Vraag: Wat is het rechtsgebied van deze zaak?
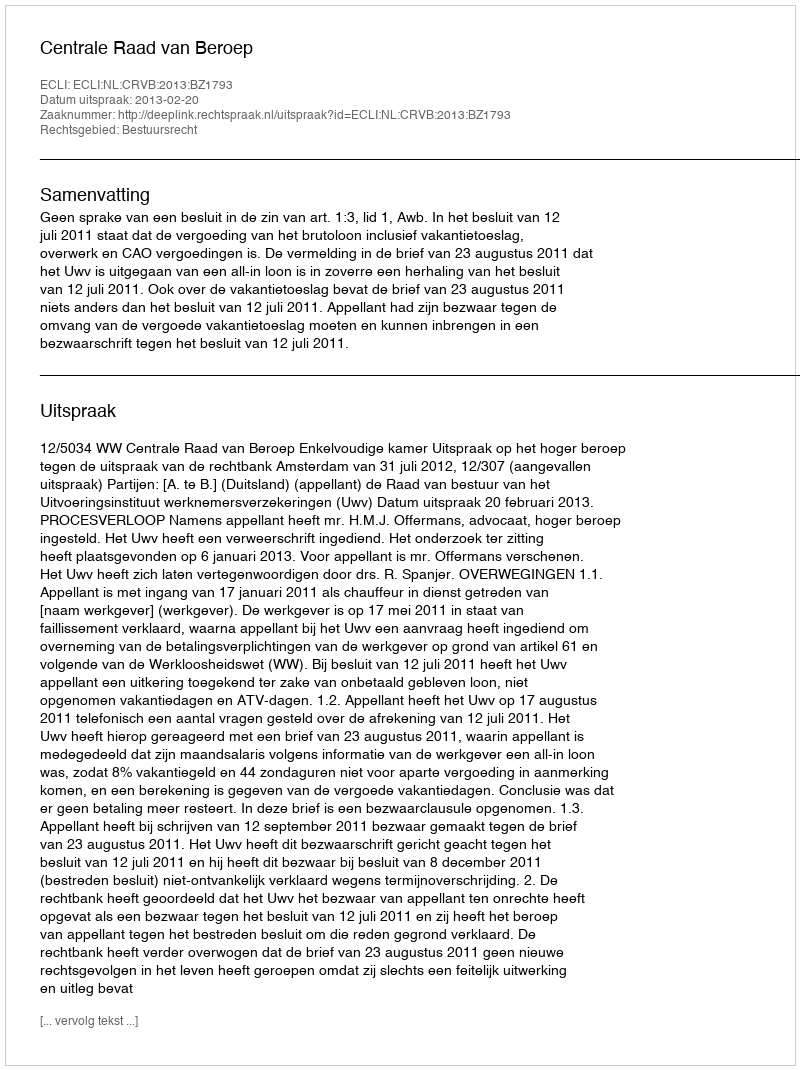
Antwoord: Bestuursrecht